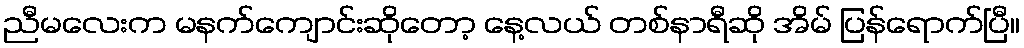
ညီမလေးက မနက်ကျောင်းဆိုတော့ နေ့လယ် တစ်နာရီဆို အိမ် ပြန်ရောက်ပြီ။